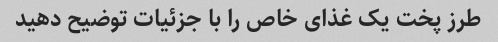
طرز پخت یک غذای خاص را با جزئیات توضیح دهید